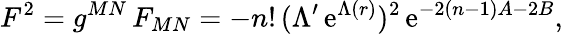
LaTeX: F^{2}=g^{MN}\, F_{MN}=-n!\, (\Lambda^{\prime}\, \mathrm{e}^{\Lambda(r)})^{2}\, \mathrm{e}^{-2(n-1)A-2B},